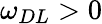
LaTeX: \omega_{DL}>0